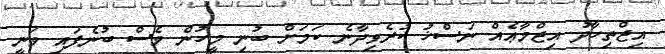
އިޖްތިހާދު އިޖްމާޢެއް ނަސްޚު ކުރެވިދާނެ ކަމަށް ބުނި މީހުން ވެސް ބުނެފައި ވަނީ